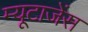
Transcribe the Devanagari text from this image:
म्यूटाजेंस